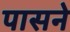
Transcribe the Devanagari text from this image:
पासने